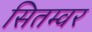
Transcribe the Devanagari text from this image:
सितम्वर